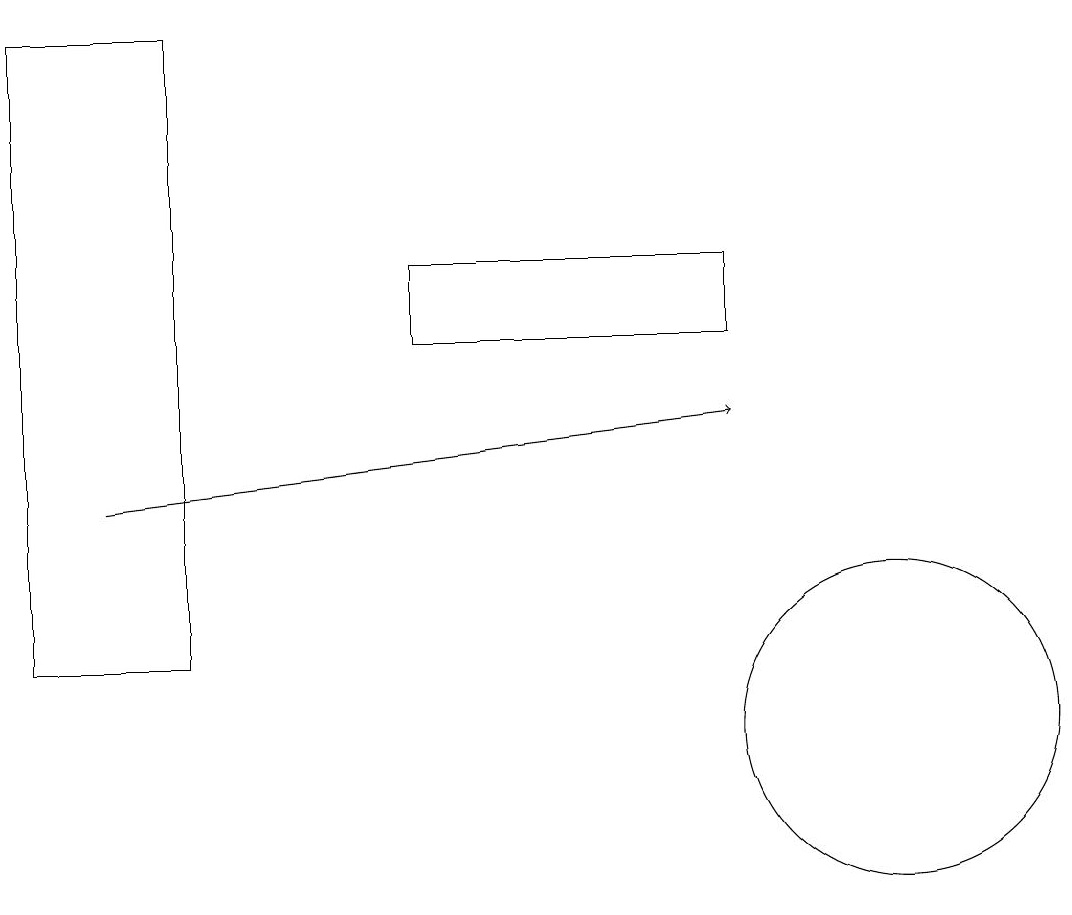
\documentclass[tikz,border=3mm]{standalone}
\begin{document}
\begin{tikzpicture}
\draw (2,19) rectangle (0,11);
\draw (11,10) circle (2);
\draw[->] (1,13) -- (9,14);
\draw (9,15) rectangle (5,16);
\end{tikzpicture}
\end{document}